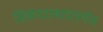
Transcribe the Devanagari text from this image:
सिकंदराबादपर्यंत